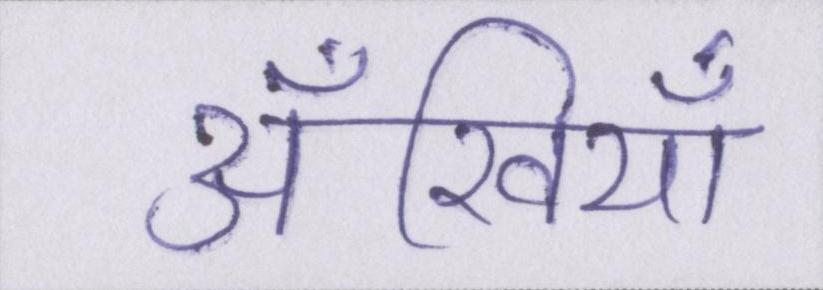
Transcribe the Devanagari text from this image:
अँखियाँ